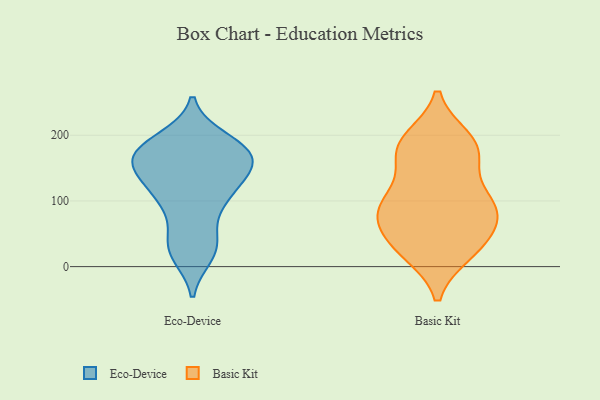
{"axis": {"x": "Gross Profit (USD K)", "y": "Value"}, "legend": ["Basic Kit", "Eco-Device"], "data": [{"x": "", "y": 167, "type": "Eco-Device"}, {"x": "", "y": 184, "type": "Eco-Device"}, {"x": "", "y": 101, "type": "Eco-Device"}, {"x": "", "y": 185, "type": "Eco-Device"}, {"x": "", "y": 34, "type": "Eco-Device"}, {"x": "", "y": 22, "type": "Eco-Device"}, {"x": "", "y": 181, "type": "Eco-Device"}, {"x": "", "y": 194, "type": "Eco-Device"}, {"x": "", "y": 157, "type": "Eco-Device"}, {"x": "", "y": 110, "type": "Eco-Device"}, {"x": "", "y": 42, "type": "Eco-Device"}, {"x": "", "y": 18, "type": "Eco-Device"}, {"x": "", "y": 140, "type": "Eco-Device"}, {"x": "", "y": 160, "type": "Eco-Device"}, {"x": "", "y": 163, "type": "Eco-Device"}, {"x": "", "y": 113, "type": "Eco-Device"}, {"x": "", "y": 90, "type": "Eco-Device"}, {"x": "", "y": 137, "type": "Eco-Device"}, {"x": "", "y": 160, "type": "Eco-Device"}, {"x": "", "y": 160, "type": "Basic Kit"}, {"x": "", "y": 22, "type": "Basic Kit"}, {"x": "", "y": 101, "type": "Basic Kit"}, {"x": "", "y": 191, "type": "Basic Kit"}, {"x": "", "y": 43, "type": "Basic Kit"}, {"x": "", "y": 194, "type": "Basic Kit"}, {"x": "", "y": 89, "type": "Basic Kit"}, {"x": "", "y": 84, "type": "Basic Kit"}, {"x": "", "y": 185, "type": "Basic Kit"}, {"x": "", "y": 51, "type": "Basic Kit"}, {"x": "", "y": 21, "type": "Basic Kit"}, {"x": "", "y": 72, "type": "Basic Kit"}, {"x": "", "y": 80, "type": "Basic Kit"}, {"x": "", "y": 160, "type": "Basic Kit"}, {"x": "", "y": 103, "type": "Basic Kit"}, {"x": "", "y": 100, "type": "Basic Kit"}, {"x": "", "y": 182, "type": "Basic Kit"}, {"x": "", "y": 25, "type": "Basic Kit"}]}